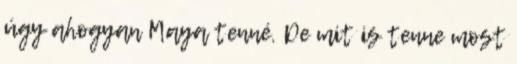
úgy ahogyan Maya tenné. De mit is tenne most